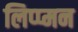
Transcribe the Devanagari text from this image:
लिप्प्मन